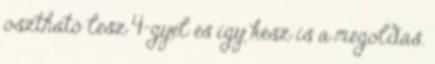
osztható lesz 4-gyel és így kész is a megoldás.